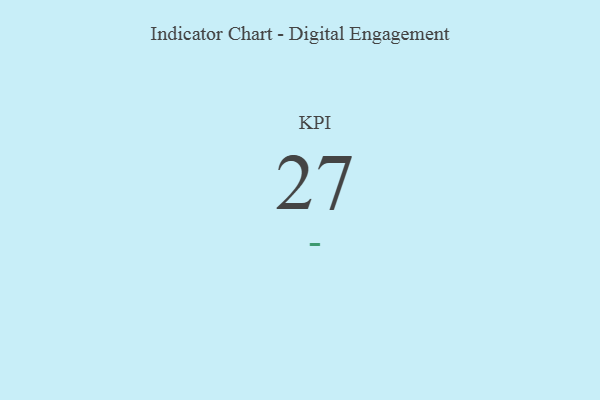
{"axis": {"x": "KPI", "y": "Value"}, "legend": [""], "data": [{"x": "KPI", "y": 27, "type": ""}]}